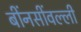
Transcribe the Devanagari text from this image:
बींनसींवल्ली